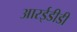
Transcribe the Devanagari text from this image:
आरईडीडी